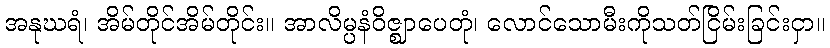
အနုဃရံ၊ အိမ်တိုင်အိမ်တိုင်း။ အာလိမ္ပနံဝိဇ္ဈာပေတုံ၊ လောင်သောမီးကိုသတ်ငြိမ်းခြင်းငှာ။